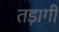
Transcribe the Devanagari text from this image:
तड़ागी